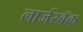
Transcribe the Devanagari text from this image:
लार्जरबॅक